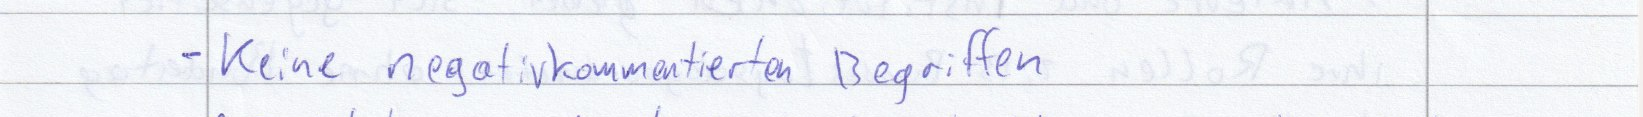
- Keine negativ kommentierten Begriffen